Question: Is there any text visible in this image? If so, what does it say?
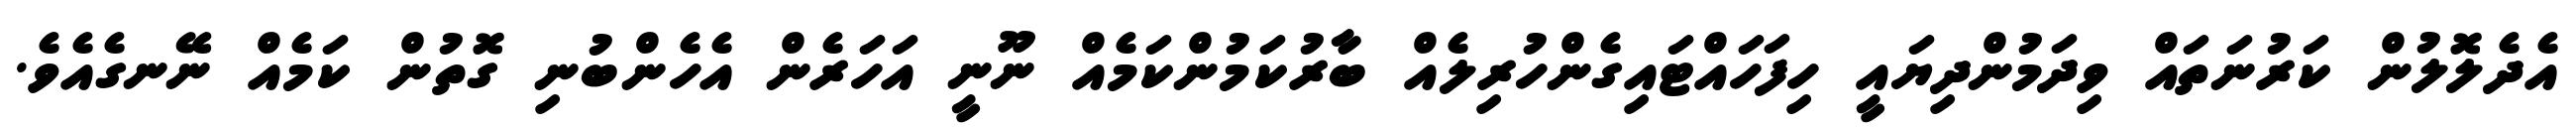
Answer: އެދެލޮލުން ކަރުނަތައް ވިދަމުންދިޔައީ ހިފަހައްޓައިގެންހުރިލެއް ބާރުކަމުންކަމެއް ނޫނީ އަހަރެން އެހެންބުނި ގޮތުން ކަމެއް ނޭނގެއެވެ.